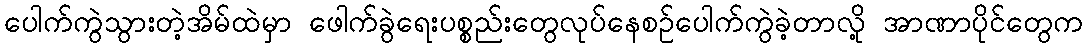
ပေါက်ကွဲသွားတဲ့အိမ်ထဲမှာ ဖေါက်ခွဲရေးပစ္စည်းတွေလုပ်နေစဉ်ပေါက်ကွဲခဲ့တာလို့ အာဏာပိုင်တွေက